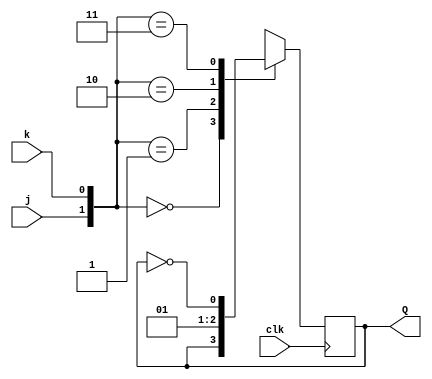
module top_module (
    input clk,
    input j,
    input k,
    output Q); 
    
    reg Qold;
    
    always @(posedge clk) begin
        case({j,k})
            2'b00 : Qold = Qold;
            2'b01 : Qold = 0;
           	2'b10 : Qold = 1;
            2'b11 : Qold = !Qold;
        endcase
    end

    assign Q = Qold;
endmodule